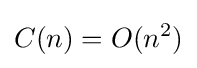
C(n)=O(n^{2})